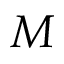
M